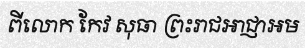
ពីលោក កែវ សុធា ព្រះរាជអាជ្ញាអម